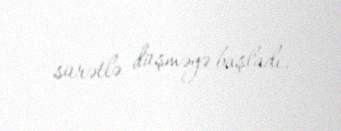
sürətlə düşməyə başladı.